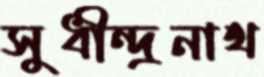
সুধীন্দ্রনাথ